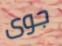
جوى